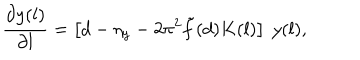
LaTeX: \frac { \partial y ( l ) } { \partial l } = \left[ d - \eta _ { y } - 2 \pi ^ { 2 } \tilde { f } ( d ) K ( l ) \right] ~ y ( l ) ,